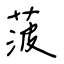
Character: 菠